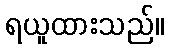
ရယူထားသည်။